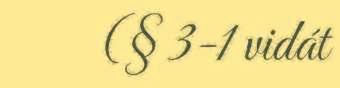
(§ 3-1 vidát